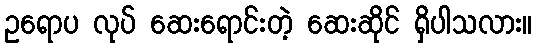
ဥရောပ လုပ် ဆေးရောင်းတဲ့ ဆေးဆိုင် ရှိပါသလား။